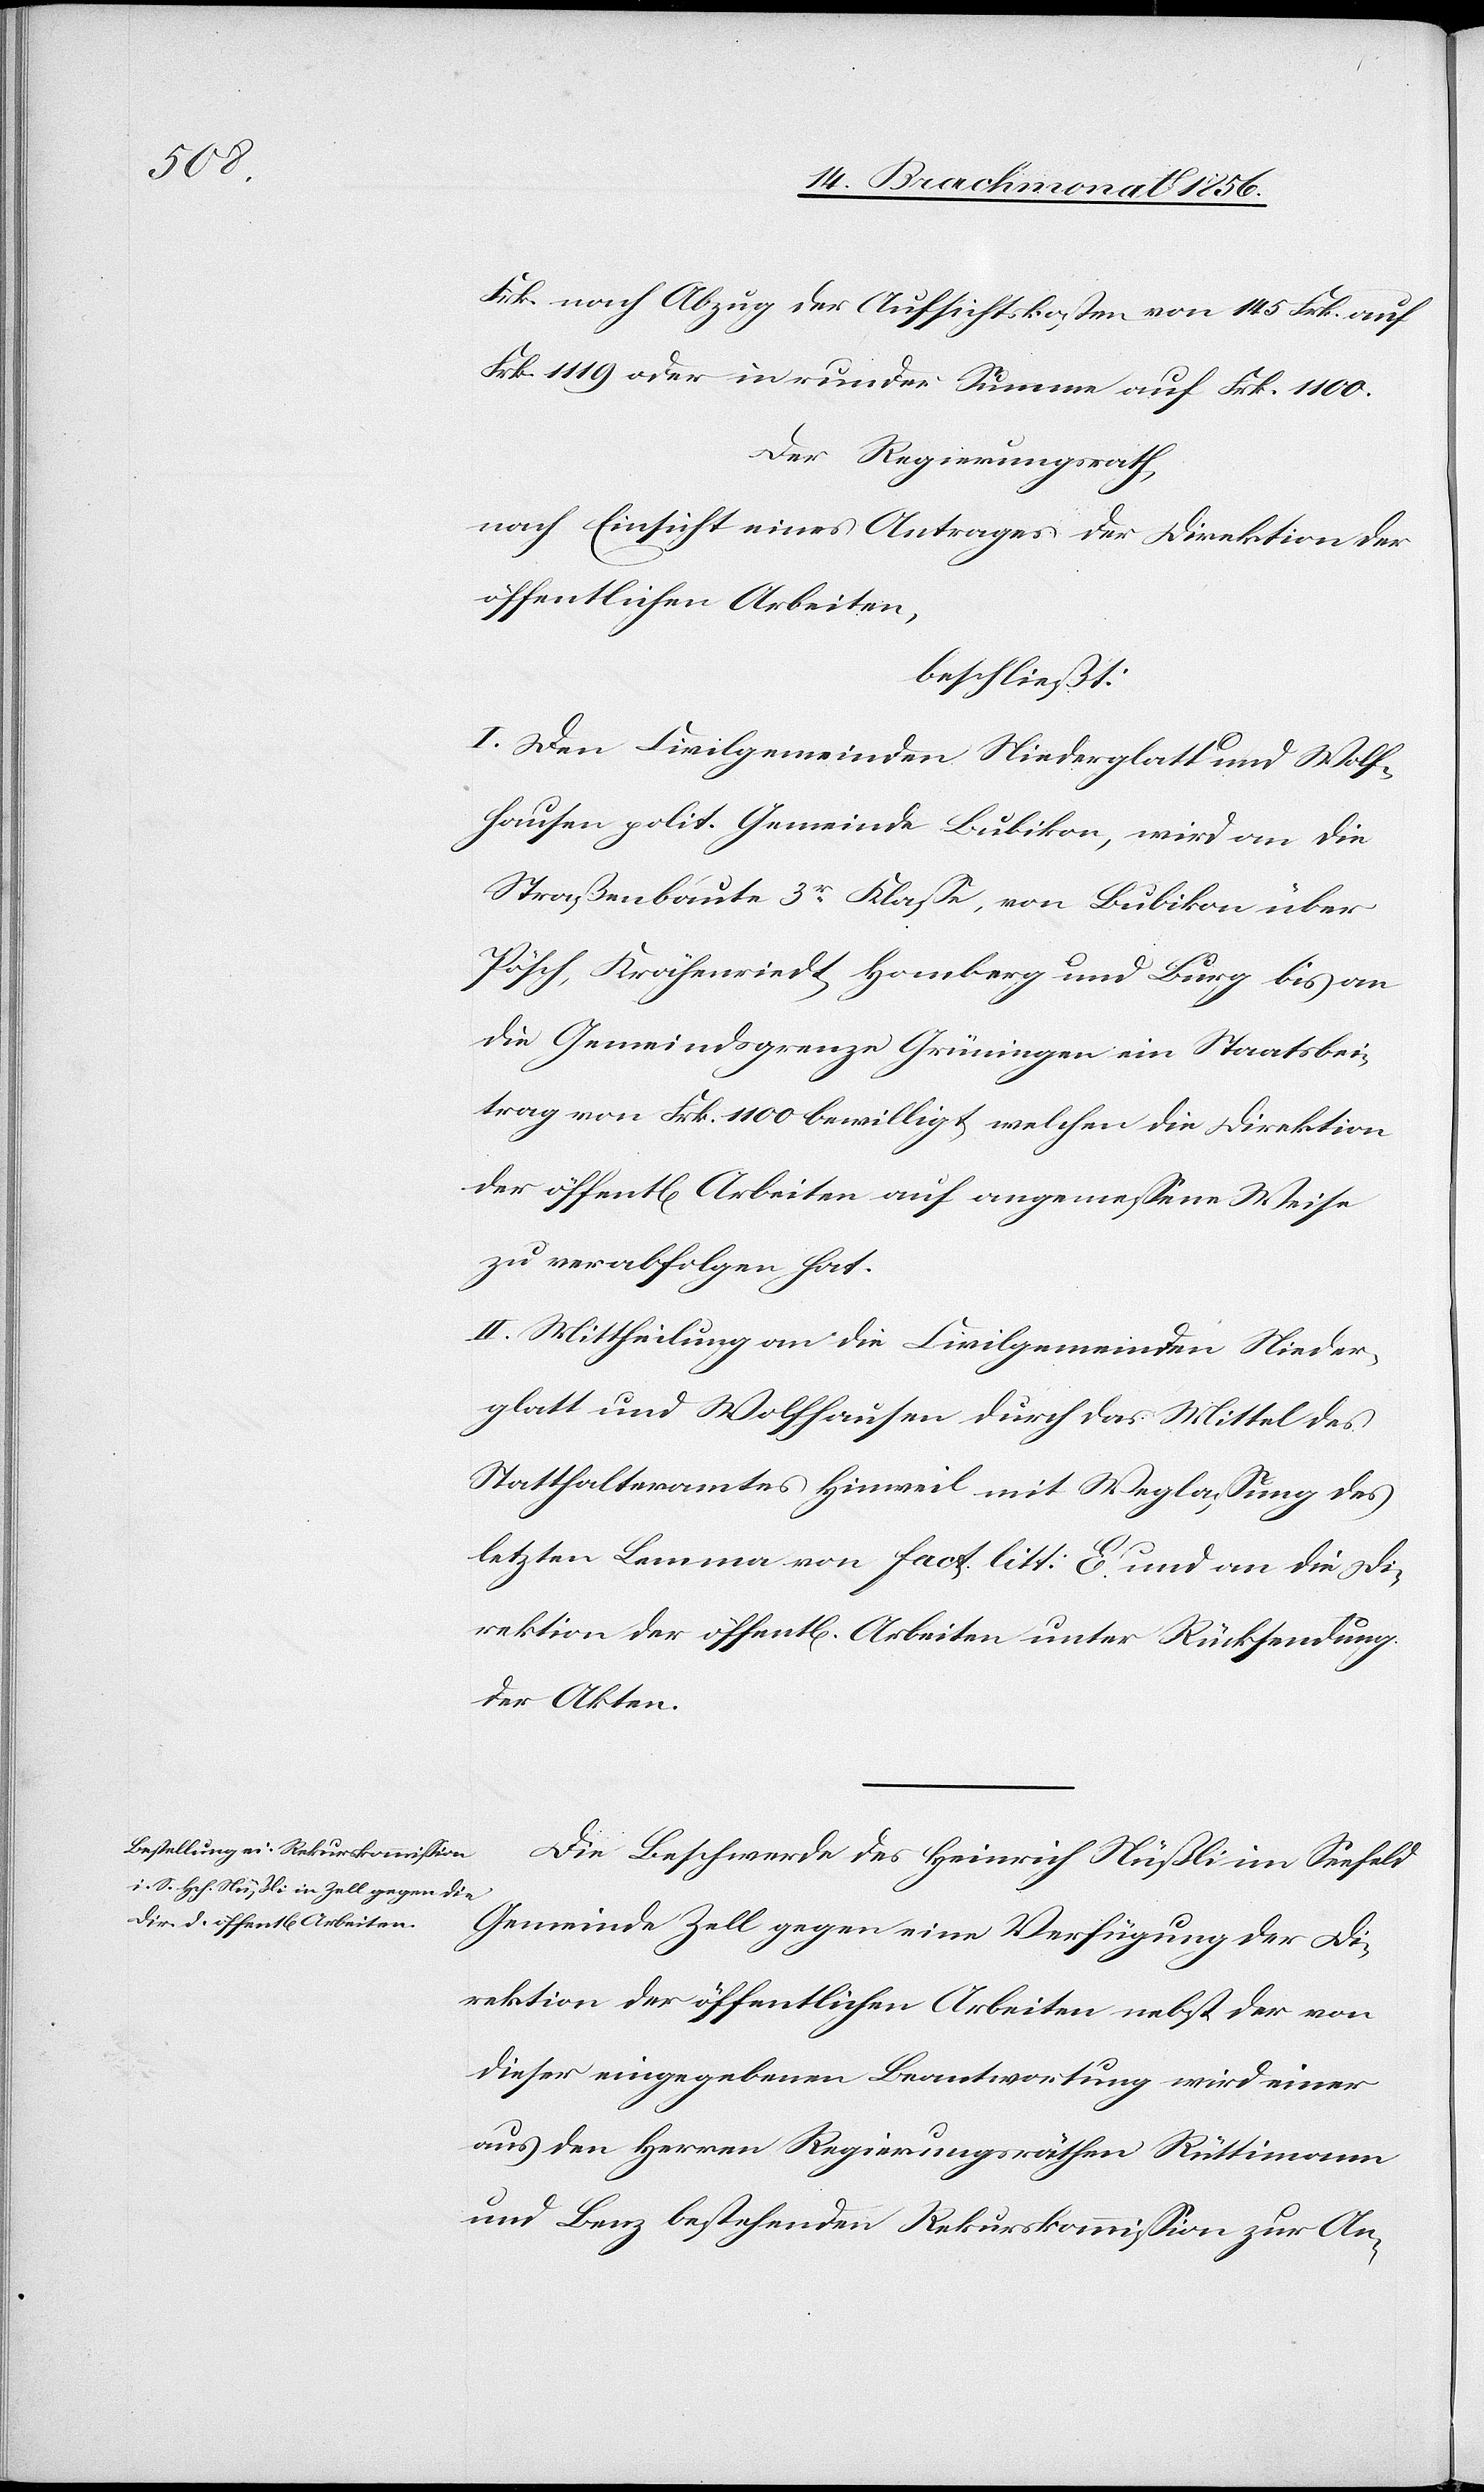
Frk. nach Abzug der Aufsichtskosten von 145 Frk. auf
Frk. 1119 oder in runder Summe auf Frk. 1100.
Der Regierungsrath,
nach Einsicht eines Antrages der Direktion der
öffentlichen Arbeiten,
beschließt:
I. Den Civilgemeinden Niederglatt und Wolf¬
hausen polit. Gemeinde Bubikon, wird an die
Straßenbaute 3r Klasse, von Bubikon über
Pösch, Krähenriedt, Homberg und Burg bis an
die Gemeindsgrenze Grüningen ein Staatsbei¬
trag von Frk. 1100 bewilligt, welchen die Direktion
der öffentlichen Arbeiten auf angemessene Weise
zu verabfolgen hat.
II. Mittheilung an die Civilgemeinden Nieder¬
glatt und Wolfhausen durch das Mittel des
Statthalteramtes Hinweil mit Weglassung des
letzten Lemma von fact. litt: E. und an die Di¬
rektion der öffentl[ichen] Arbeiten unter Rücksendung
der Akten.
Die Beschwerde des Heinrich Nüßli im Seefeld
Gemeinde Zell gegen eine Verfügung der Di¬
rektion der öffentlichen Arbeiten nebst der von
dieser eingegebenen Beantwortung wird einer
aus den Herren Regierungsräthen Rüttimann
und Benz bestehenden Rekurskommission zur An-